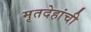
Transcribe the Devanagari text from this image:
मृतदेहांची